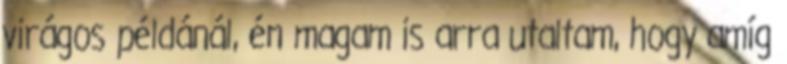
virágos példánál, én magam is arra utaltam, hogy amíg